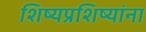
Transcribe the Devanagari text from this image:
शिष्यप्रशिष्यांना